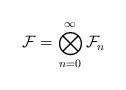
LaTeX: \begin{align*}{\cal F}=\bigotimes\limits_{n=0}^\infty{\cal F}_n\end{align*}